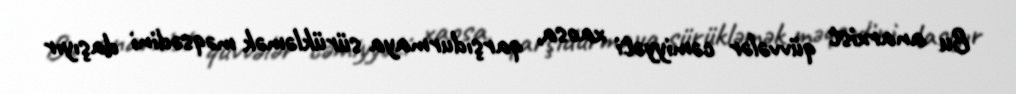
Bu anarxist qüvvələr cəmiyyəti xaosa, qarşıdurmaya sürükləmək məqsədini daşıyır